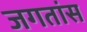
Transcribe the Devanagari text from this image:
जगतांस